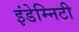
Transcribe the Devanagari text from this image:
इंडेम्निटी